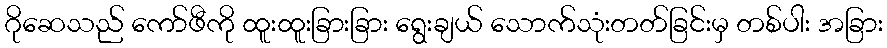
ဂိုဆေသည် ကော်ဖီကို ထူးထူးခြားခြား ရွေးချယ် သောက်သုံးတတ်ခြင်းမှ တစ်ပါး အခြား